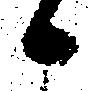
候